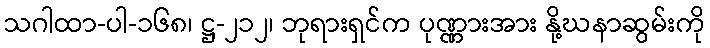
သဂါထာ-ပါ-၁၆၈၊ ဋ္ဌ-၂၁၂၊ ဘုရားရှင်က ပုဏ္ဏားအား နို့ဃနာဆွမ်းကို